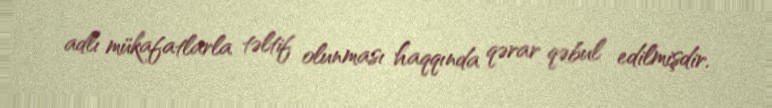
adlı mükafatlarla təltif olunması haqqında qərar qəbul edilmişdir.